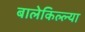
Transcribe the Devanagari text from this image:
बालेकिल्ल्या